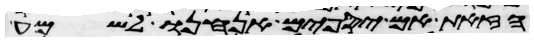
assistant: הזאת אם יספים אנחנו לשמע